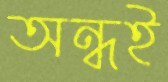
অন্ধই